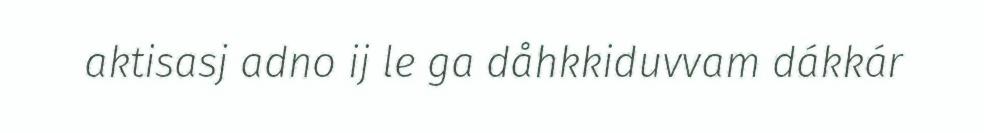
aktisasj adno ij le ga dåhkkiduvvam dákkár